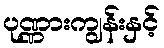
ပုဏ္ဏားကျွန်းနှင့်